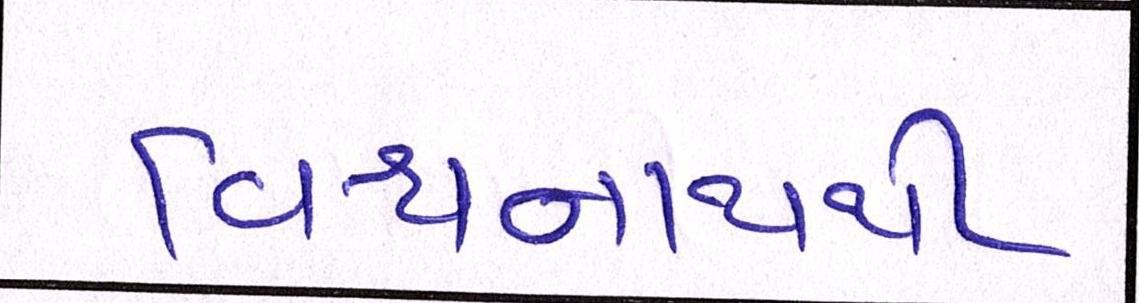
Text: વિશ્વનાથથી